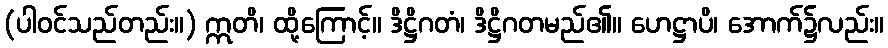
(ပါဝင်သည်တည်း။) ဣတိ၊ ထို့ကြောင့်။ ဒိဋ္ဌိဂတံ၊ ဒိဋ္ဌိဂတမည်၏။ ဟေဋ္ဌာပိ၊ အောက်၌လည်း။